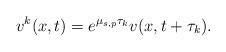
LaTeX: \begin{align*}v^k(x,t)=e^{\mu_{s,p} \tau_k}v(x,t+\tau_k).\end{align*}